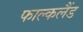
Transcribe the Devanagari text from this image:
फाल्कलैंड